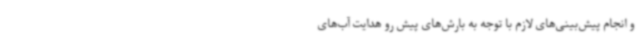
و انجام پیش‌بینی‌های لازم با توجه به بارش‌های پیش رو هدایت آب‌های